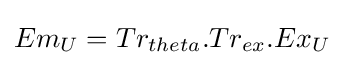
Em_{U}=Tr_{theta}.Tr_{ex}.Ex_{U}